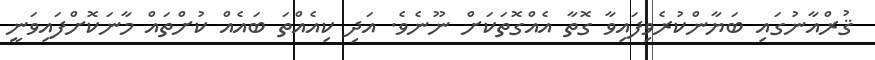
ޤުރްއާނުގައި ބަޔާންކުރެވިފައިވާ ގޮތާ އެއްގޮތަކަށް ނޫނެވެ. އަދި ކިއެއްތަ ބައެއް ކުށްތައް މާނަކޮށްފައިވަނީ